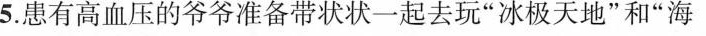
5.患有高血压的爷爷准备带状状一起去玩”冰极天地”和”海